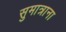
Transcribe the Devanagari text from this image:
सुमात्राना